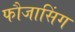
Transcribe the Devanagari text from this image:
फौजासिंग